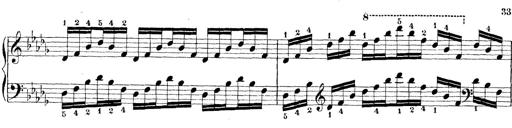
Title: Technische Studien
Composer: Franz Liszt